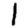
Digit: 1